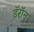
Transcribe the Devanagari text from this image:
डॅरॉन